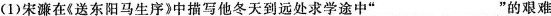
(1)宋濂在《送东阳马生序》中描写他冬天到远处求学途中”___”的艰难